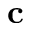
\mathbf { c }